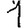
Digit: 1